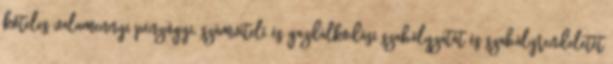
köteles valamennyi pénzügyi, számviteli és gazdálkodási szabályzatát és szabályrendeletét